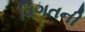
વિગતની